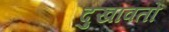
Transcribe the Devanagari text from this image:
दुखावतो